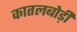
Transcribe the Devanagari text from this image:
कातलबोड़ी